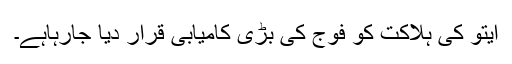
ایتو کی ہلاکت کو فوج کی بڑی کامیابی قرار دیا جارہاہے۔